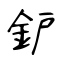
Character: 鈩